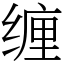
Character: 缠